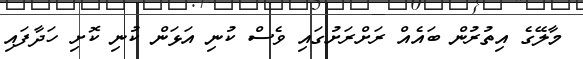
މާލޭގެ އިތުރުން ބައެއް ރަށްރަށުގައި ވެސް ކުނި އަޅަން ކުނި ކޮށި ހަދާފައި